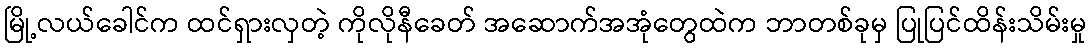
မြို့လယ်ခေါင်က ထင်ရှားလှတဲ့ ကိုလိုနီခေတ် အဆောက်အအုံတွေထဲက ဘာတစ်ခုမှ ပြုပြင်ထိန်းသိမ်းမှု